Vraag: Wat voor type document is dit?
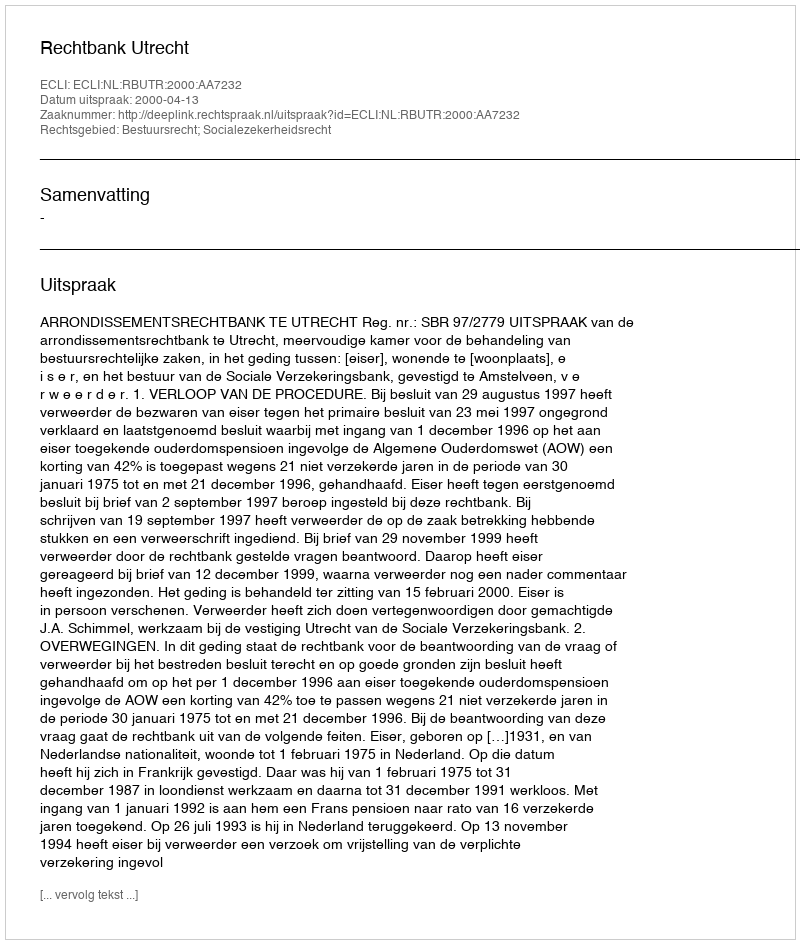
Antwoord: Uitspraak